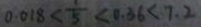
0 . 0 1 8 < \frac { 1 } { 5 } < 0 . 3 6 < 7 . 2